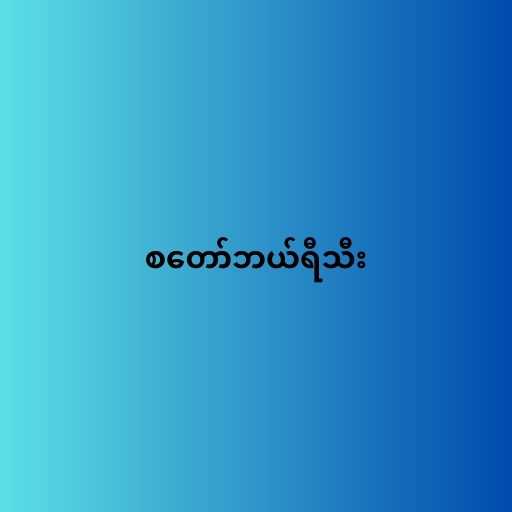
စတော်ဘယ်ရီသီး